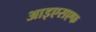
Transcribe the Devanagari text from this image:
आइएसएफ